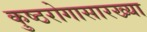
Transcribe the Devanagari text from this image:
कुष्ठरोगासारख्या